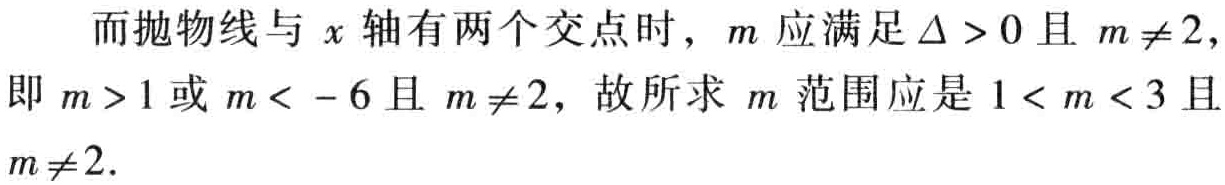
而抛物线与\(x\)轴有两个交点时，\(m\)应满足\(\Delta >0\)且\(m\neq2\)，即\(m > 1\)或\(m < - 6\)且\(m\neq2\)，故所求\(m\)范围应是\(1 < m < 3\)且\(m\neq2\).